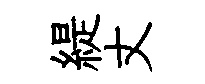
緹丈